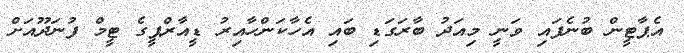
އެޕާޓީން ބުނެފައި ވަނީ މިއަދު ބާރަގަޑި ބައި އެހާކަންހާއިރު ޑީއާރްޕީގެ ޓީމް ފުނަދޫއަށް